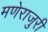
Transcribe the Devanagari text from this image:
मणेराजुरी